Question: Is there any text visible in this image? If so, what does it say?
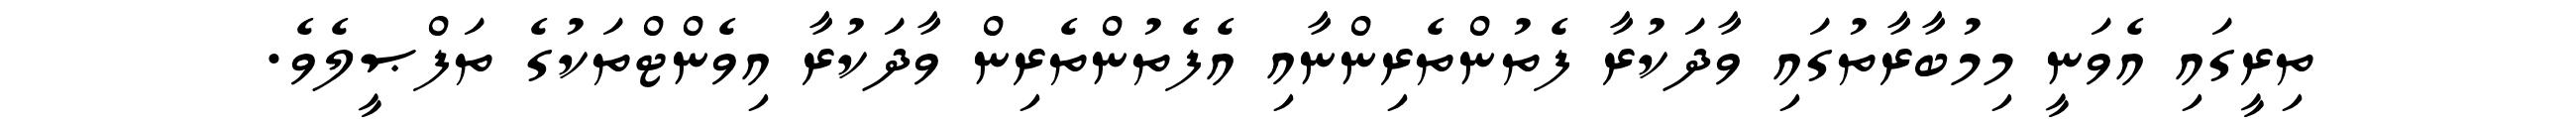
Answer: ތިރީގައި އެވަނީ މިމުބާރާތުގައި ވާދަކުރާ ފެތުންތެރިންނާއި އެފެތުންތެރިން ވާދަކުރާ އިވެންޓްތަކުގެ ތަފްޞީލެވެ.